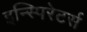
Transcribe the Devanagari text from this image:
इन्स्पिरेटर्स